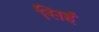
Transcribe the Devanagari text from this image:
सिहं